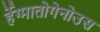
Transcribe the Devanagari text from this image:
र्हेग्मातोगेनोउस